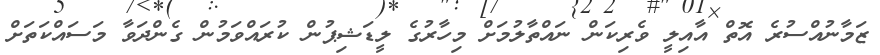
ޒަމާނުއްސުރެ އޮތް އާއިލީ ވެރިކަން ނައްތާލުމަށް މިހާރުގެ ލީޑަޝިޕުން ކުރައްވަމުން ގެންދަވާ މަސައްކަތަށް